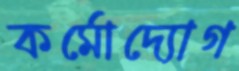
কর্মোদ্যোগ